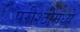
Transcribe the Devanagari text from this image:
परीश्ठीमध्ये